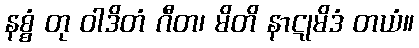
နစ္စံ တု ဝါဒိတံ ဂီတ၊ မိတိ နာဋုမိဒံ တယံ။